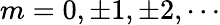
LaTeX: m=0,\pm 1,\pm 2,\cdots